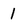
Character: 1